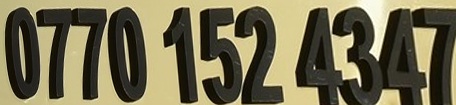
0770 152 4347